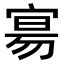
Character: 𫳞